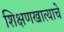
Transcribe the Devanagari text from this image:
शिक्षणखात्याचे